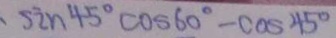
\sin 4 5 ^ { \circ } \cos 6 0 ^ { \circ } - \cos 4 5 ^ { \circ }